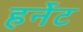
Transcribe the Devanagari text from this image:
हर्नेट